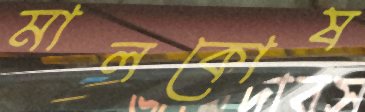
মালকোষ